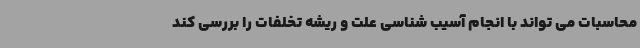
محاسبات می تواند با انجام آسیب شناسی علت و ریشه تخلفات را بررسی کند